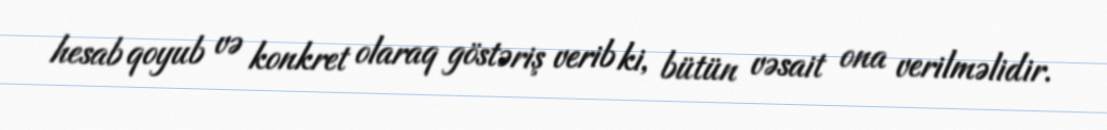
hesab qoyub və konkret olaraq göstəriş verib ki, bütün vəsait ona verilməlidir.